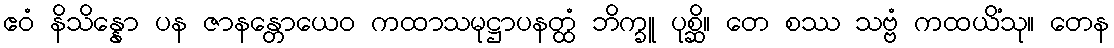
ဧဝံ နိသိန္နော ပန ဇာနန္တောယေဝ ကထာသမုဋ္ဌာပနတ္ထံ ဘိက္ခူ ပုစ္ဆိ။ တေ စဿ သဗ္ဗံ ကထယိံသု။ တေန